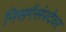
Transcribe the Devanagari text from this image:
निसर्गसंपदेवर